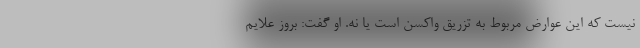
نیست که این عوارض مربوط به تزریق واکسن است یا نه. او گفت: بروز علایم